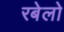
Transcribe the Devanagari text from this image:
रबेलो